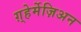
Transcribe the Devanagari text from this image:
ग़्हेर्मेज़िअन